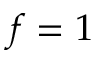
f = 1